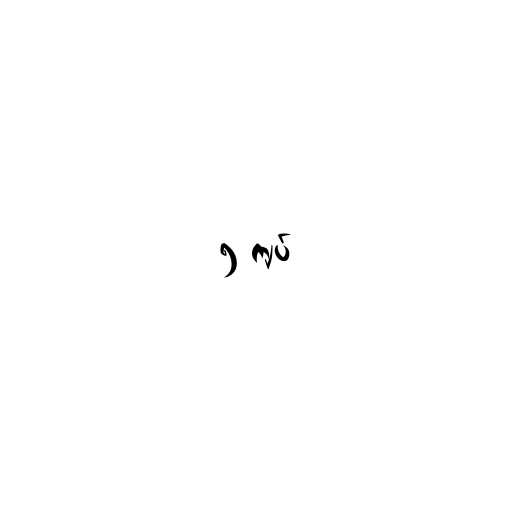
၅ ကျပ်